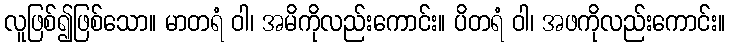
လူဖြစ်၍ဖြစ်သော။ မာတရံ ဝါ၊ အမိကိုလည်းကောင်း။ ပိတရံ ဝါ၊ အဖကိုလည်းကောင်း။